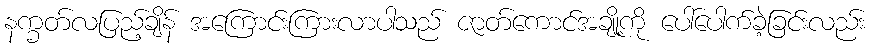
နက္ခတ်လပြည့်ချိန် အကြောင်းကြားလာပါသည် ဇာတ်ကောင်အချို့ကို ပေါ်ပေါက်ခဲ့ခြင်းလည်း